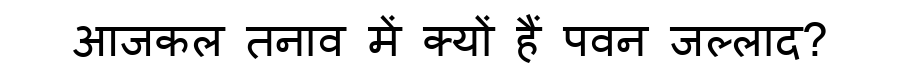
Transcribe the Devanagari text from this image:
आजकल तनाव में क्यों हैं पवन जल्लाद?